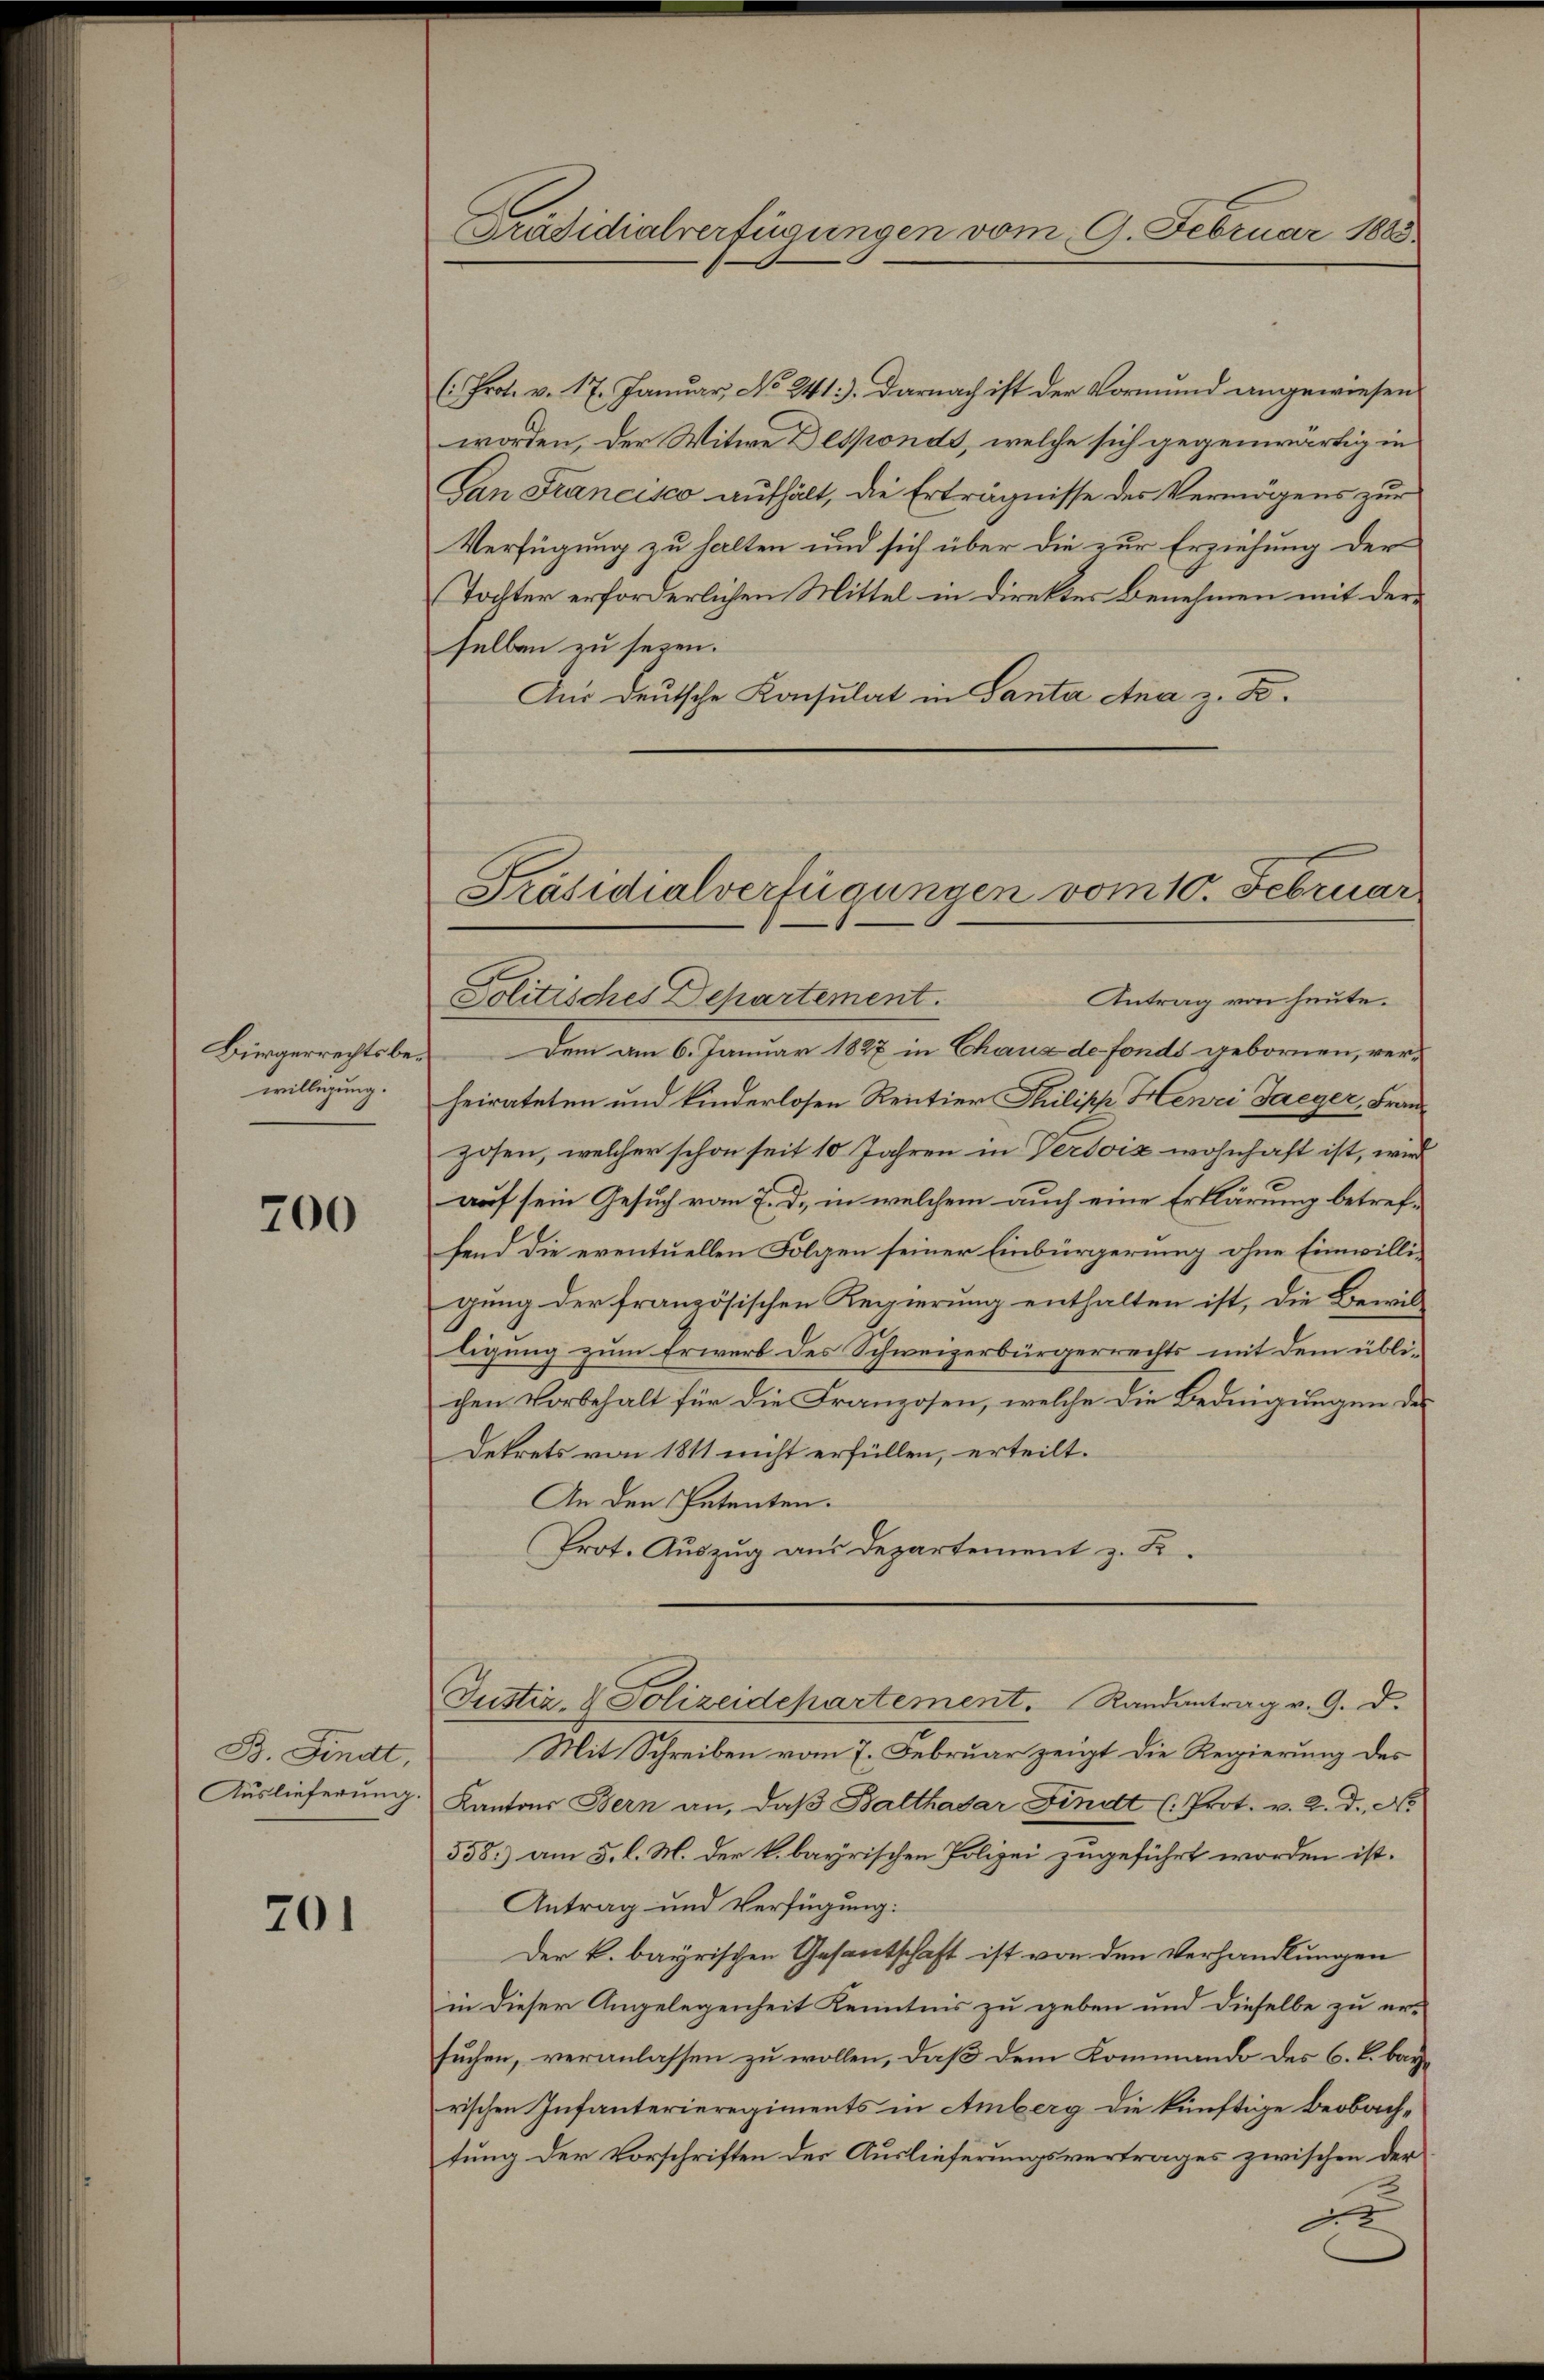
Bürgerrechtsbewilligung.

200

B. Findt,
Auslieferung

201

Präsidialverfügungen vom 9. Februar 1885

( Prot. v. 17. Januar, No 241). Darnach ist der Vormund angewiesen
worden, der Witwe Desponds, welche sich gegenwärtig in
San Francisco aufhält, die Erträgnisse des Vermögens zur
Verfügung zu halten und sich über die zur Erziehung der
Tochter erforderlichen Mittel in Direktes Benehmen mit derselben zu seyen.
Aus deutsche Konsulat in Santa Ana z. B.
Politisches Departement.
Antrag von heute.
Dem am 6. Januar 1827 in Chaus de fonds gebornen, verheirateten und kinderlosen Rentier Philipp Henri Taeger, Franzosen, welcher schon seit 10 Jahren in Verdoiz wohnhaft ist, wird
auf sein Gesuch vom 7. d. in welchem auch eine Erklärung betreffend die eventuellen Folgen seiner Einbürgerung ohne Einwilligung der französischen Regierung enthalten ist, die Bewil
ligung zum Erwerb des Schweizerbürgerrechts mit dem üblichen Vorbehalt für die Franzosen, welche die Bedingungen des
Dekrets von 1811 nicht erfüllen, erteilt.
An den Petenten.
Prot. Auszug aus Departement z. B.
Justiz- & Polizeidepartement. Randantrag v. 9. d.
Mit Schreiben vom 7. Februar zeigt die Regierung des
Kantons Bern an, daβ Balthasar Findt (Prot. v. 2. d. No
558) am 5. l. M. der k. bayrischen Polizei zugeführt worden ist.
Antrag und Verfügung:
Der k. bayrischen Gesantschaft ist von den Verhandlungen
in dieser Angelegenheit Kenntnis zu geben und dieselbe zu er-
suchen, veranlassen zu wollen, daß dem Kommando des 6. k. bayrischen Infanterieregiments in Amberg die künftige Beobachtung der Vorschriften der Auslieferungsvertrages zwischen der
2

Präsidialverfügungen vom 10. Februar